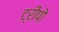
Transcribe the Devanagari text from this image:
ट्रीपो